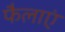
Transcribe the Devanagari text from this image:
फैलाएं